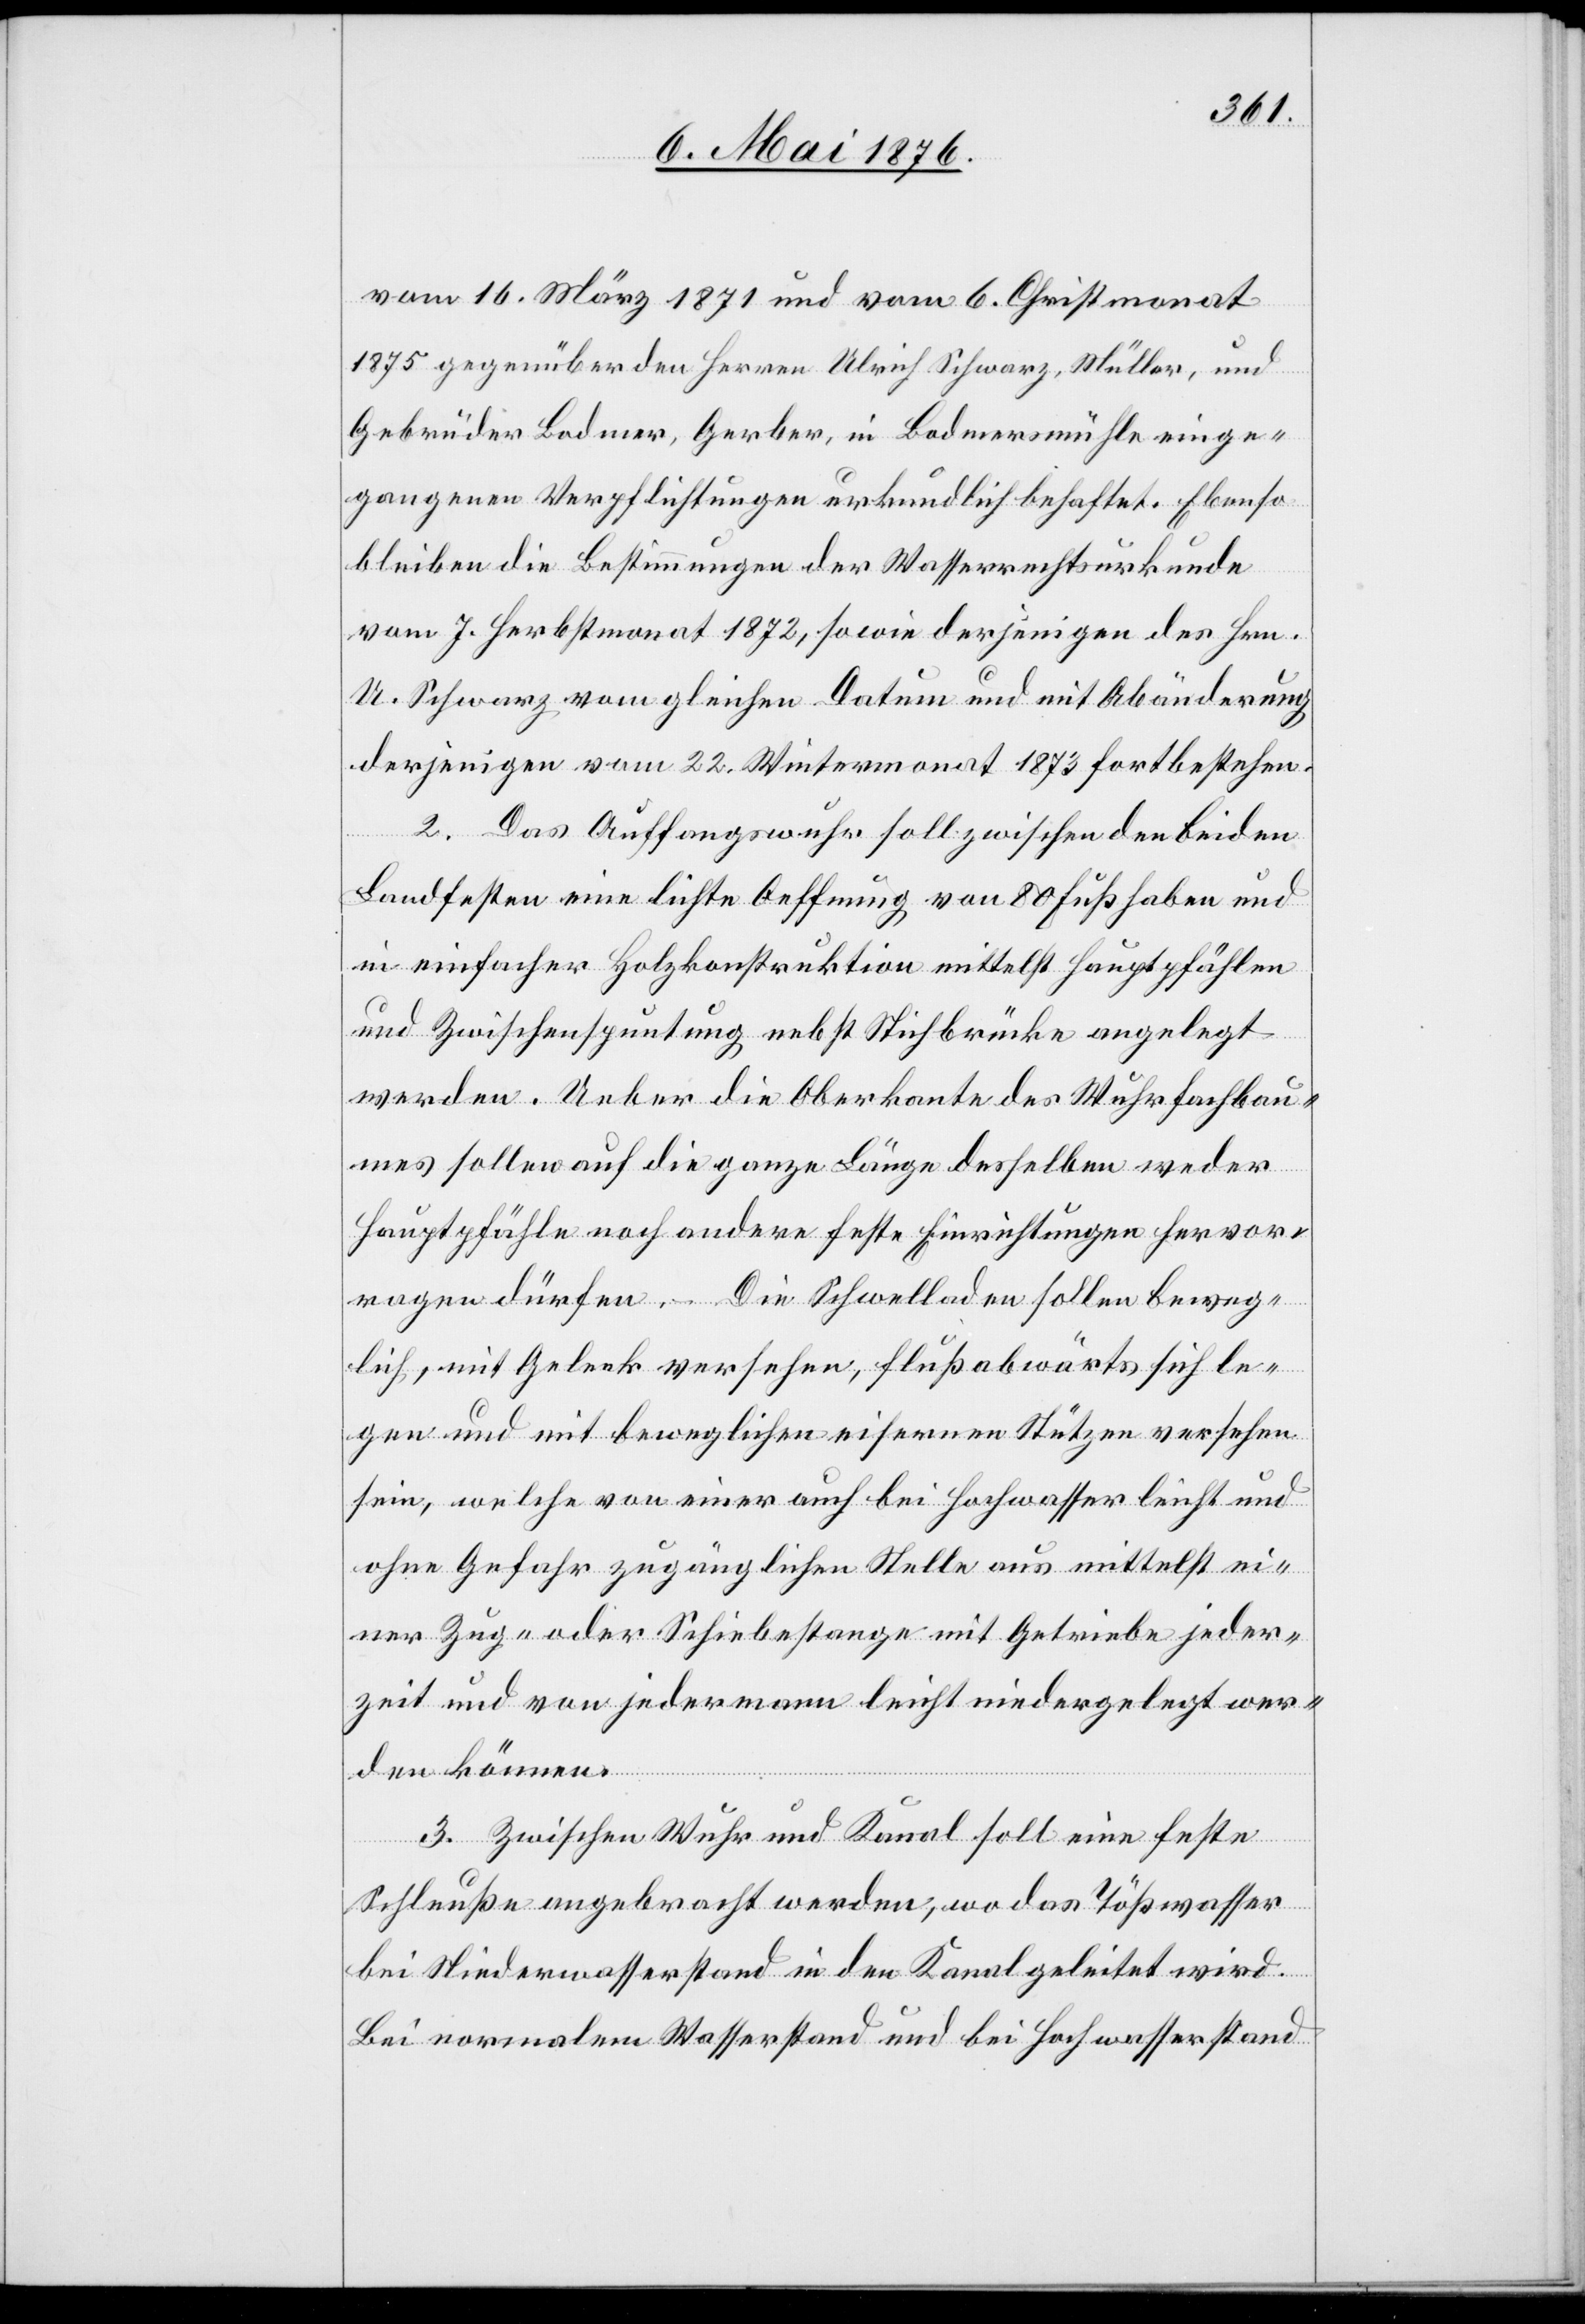
vom 16. März 1871 und vom 6. Christmonat
1875 gegenüber den Herren Ulrich Schwarz, Müller, und
Gebrüder Bodmer, Gerber, in Bodmersmühle einge¬
gangenen Verpflichtungen urkundlich behaftet. Ebenso
bleiben die Bestimmungen der Wasserrechtsurkunde
vom 7. Herbstmonat 1872, sowie derjenigen des Hrn.
U. Schwarz vom gleichen Datum und mit Abänderung
derjenigen vom 22. Wintermonat 1873 fortbestehen.
2. Das Auffangswuhr soll zwischen den beiden
Landfesten eine lichte Oeffnung von 80 Fuß haben und
in einfacher Holzkonstruktion mittelst Hauptpfählen
und Zwischenspuntung, nebst Stichbrücke angelegt
werden. Ueber die Oberkante des Wuhrfachbau¬
mes sollen auf die ganze Länge desselben weder
Hauptpfähle noch andere feste Einrichtungen hervor¬
ragen dürfen. – Die Schwelladen sollen beweg¬
lich, mit Gelenk versehen, flußabwärts sich le¬
gen und mit beweglichen eisernen Stützen versehen
sein, welche von einer auch bei Hochwasser leicht und
ohne Gefahr zugänglichen Stelle aus mittelst ei¬
ner Zug- oder Schiebestange mit Getriebe jeder¬
zeit von jedermann leicht niedergelegt wer¬
den können.
3. Zwischen Wuhr und Kanal soll eine feste
Schleuße angebracht werden, wo das Tößwasser
bei Niederwasserstand in den Kanal geleitet wird.
Bei normalem Wasserstand und bei Hochwasserstand